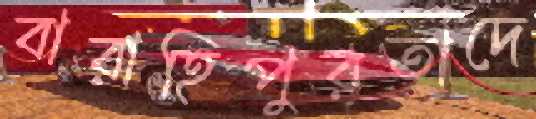
বারাহিপুরতাদে